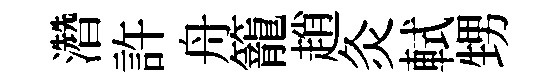
濳許舟籠趙灸軾甥